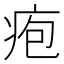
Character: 疱